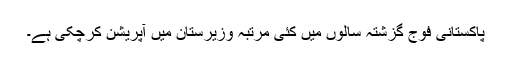
پاکستانی فوج گزشتہ سالوں میں کئی مرتبہ وزیرستان میں آپریشن کرچکی ہے۔